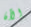
الآن